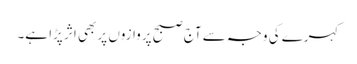
کہرے کی وجہ سے آج صبح پروازوں پر بھی اثر پڑا ہے۔